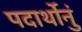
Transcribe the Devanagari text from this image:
पदार्थोनुं